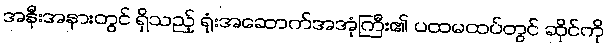
အနီးအနားတွင် ရှိသည့် ရုံးအဆောက်အအုံကြီး၏ ပထမထပ်တွင် ဆိုင်ကို